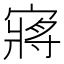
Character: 𫳻